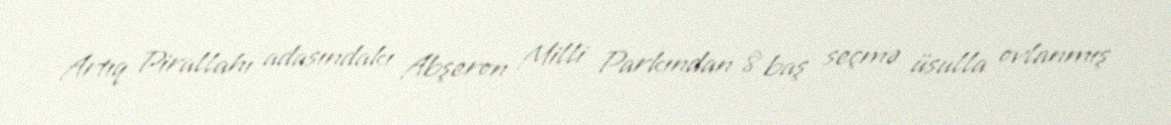
Artıq Pirallahı adasındakı Abşeron Milli Parkından 8 baş seçmə üsulla ovlanmış